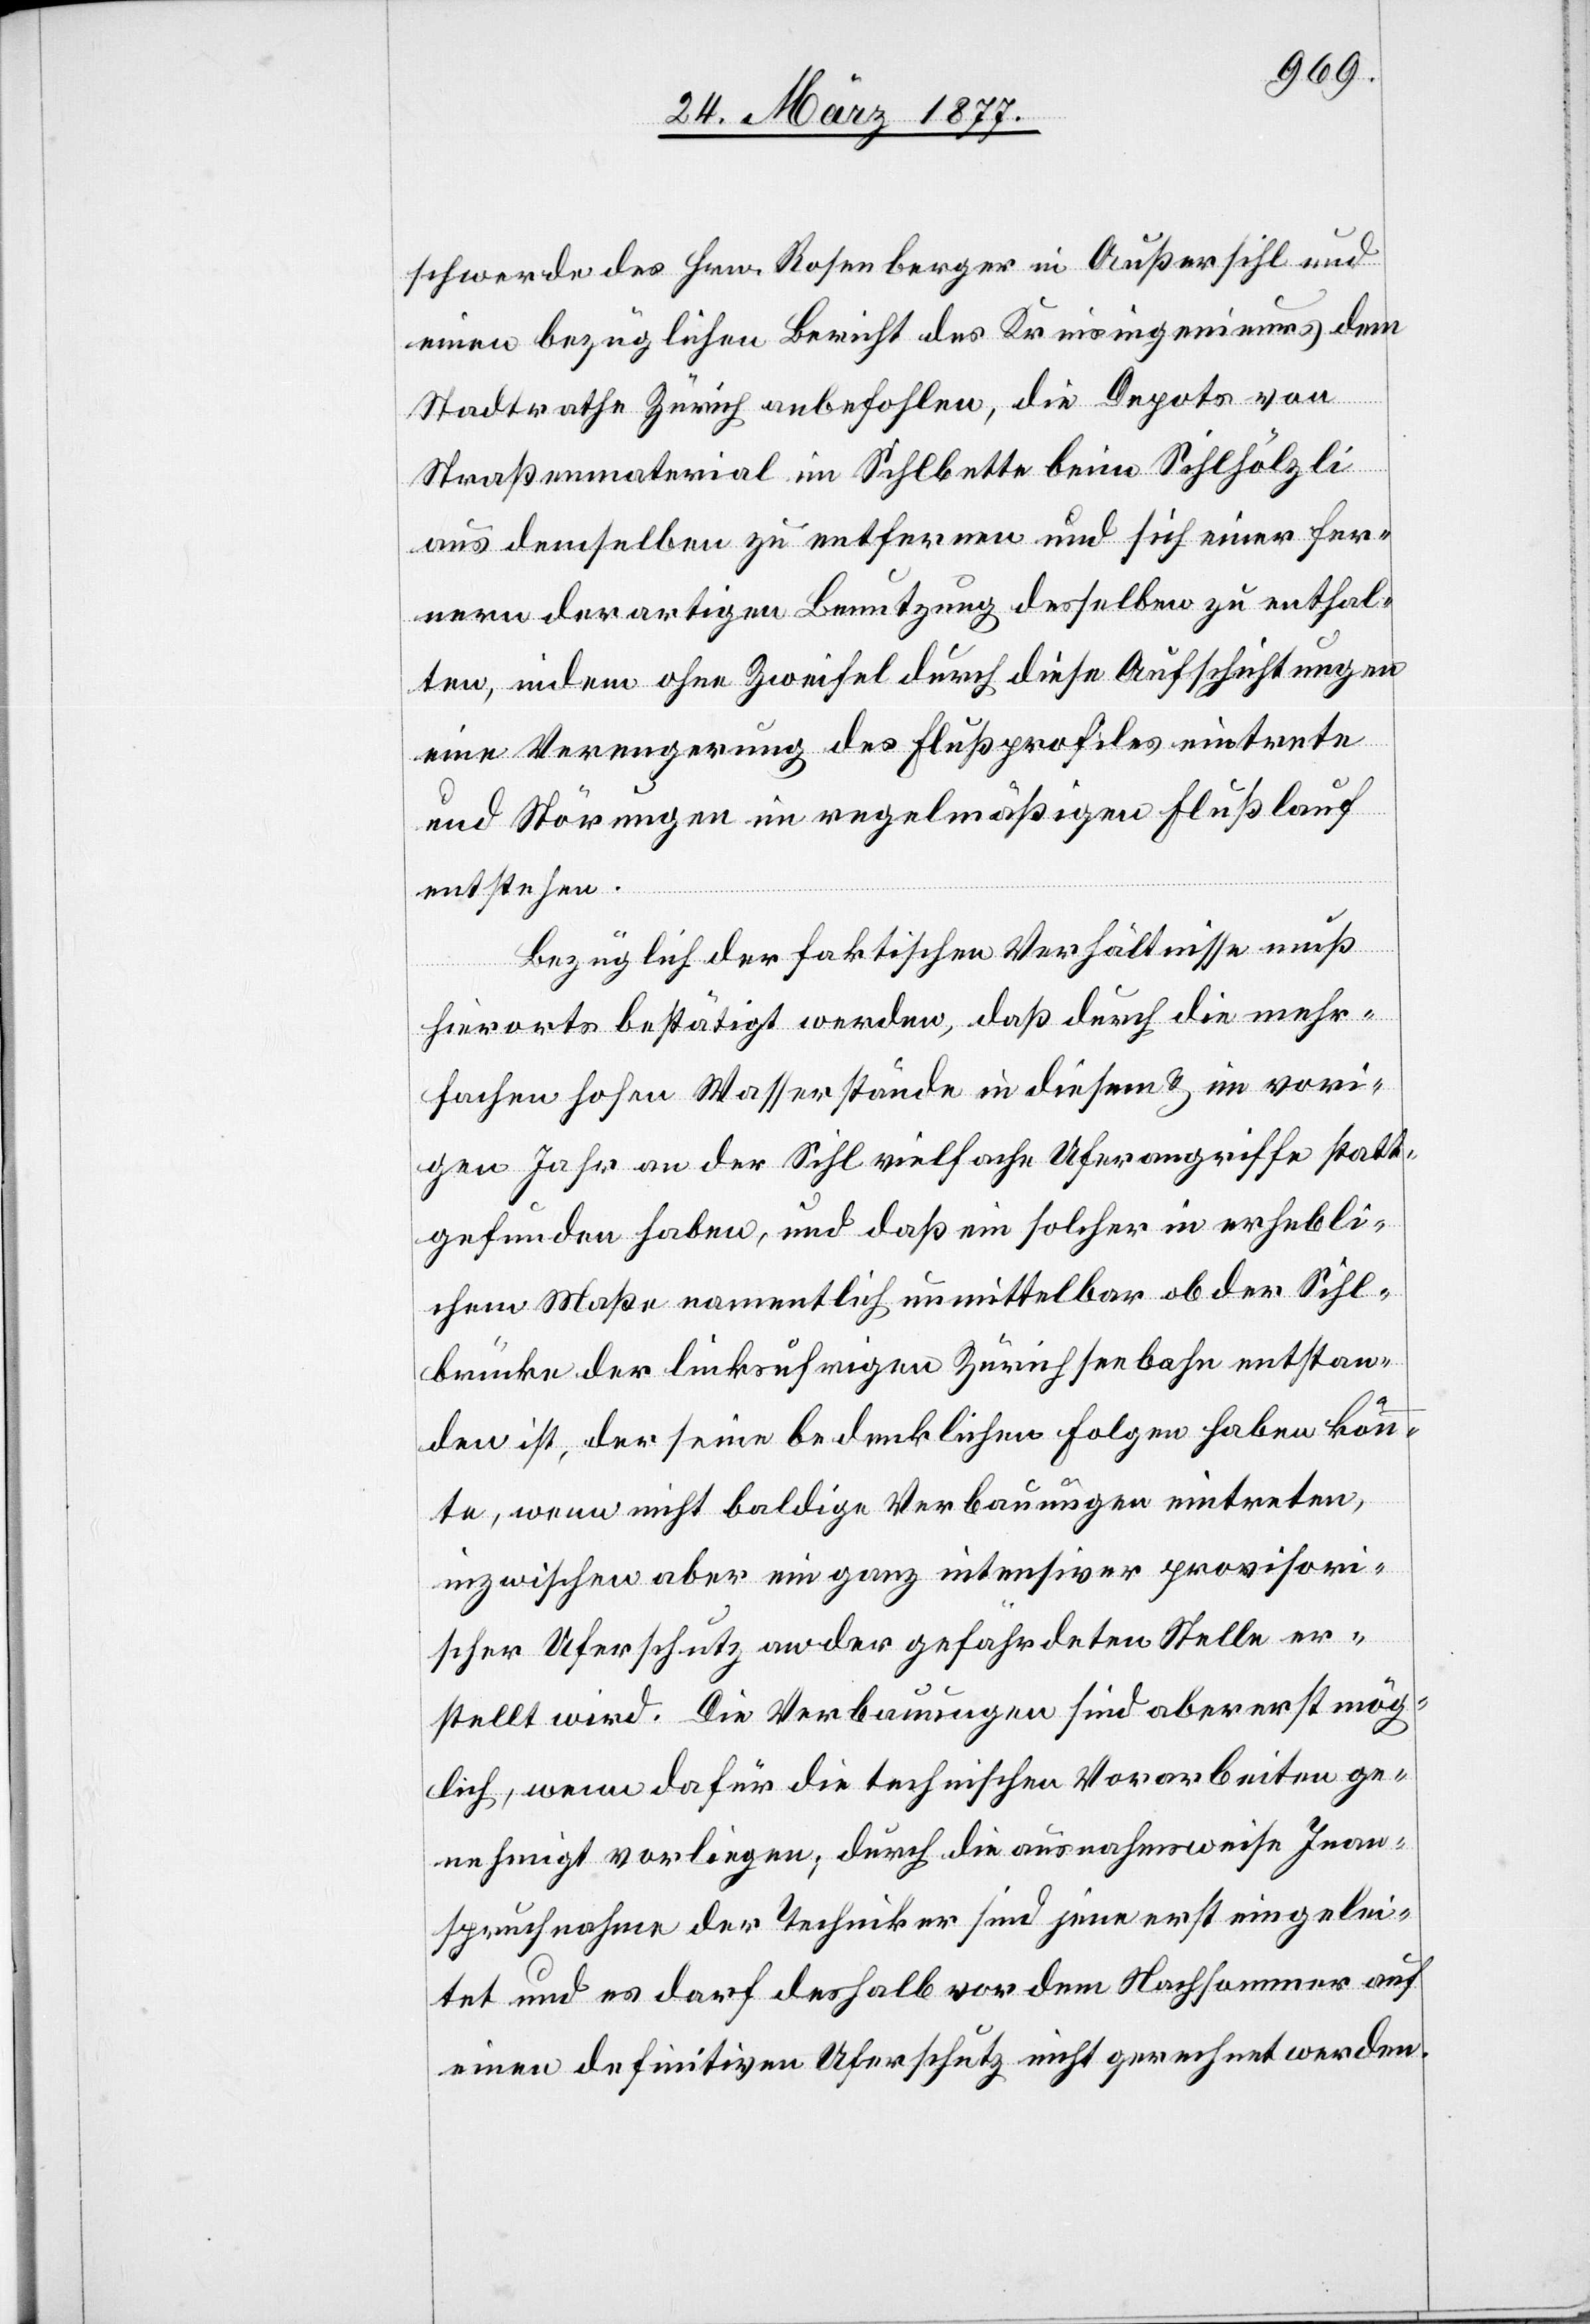
schwerde des Hrn. Rosenberger in Außersihl und
einen bezüglichen Bericht des Kreisingenieurs dem
Stadtrathe Zürich anbefohlen, die Depots von
Straßenmaterial im Sihlbette beim Sihlhölzli
aus demselben zu entfernen und sich einer fer¬
nern derartigen Benutzung desselben zu enthal¬
ten, indem ohne Zweifel durch diese Aufschichtungen
eine Verengerung des Flußprofiles eintrete
und Störungen im regelmäßigen Flußlauf
entstehen.
Bezüglich der faktischen Verhältnisse muß
hierorts bestätigt werden, daß durch die mehr¬
fachen hohen Wasserstände in diesem & im vori¬
gen Jahr an der Sihl vielfache Uferangriffe statt¬
gefunden haben, und daß ein solcher in erhebli¬
chem Maße namentlich unmittelbar ob der Sihl¬
brücke der linksufrigen Zürichseebahn entstan¬
den ist, der seine bedenklichen Folgen haben könn¬
te, wenn nicht baldige Verbauungen eintreten,
inzwischen aber ein ganz intensiver provisori¬
scher Uferschutz an der gefährdeten Stelle er¬
stellt wird. Die Verbauungen sind aber erst mög¬
lich, wenn dafür die technischen Vorarbeiten ge¬
nehmigt vorliegen; durch die ausnahmsweise Inan¬
spruchnahme der Techniker sind jene erst eingelei¬
tet und es darf deshalb vor dem Nachsommer auf
einen definitiven Uferschutz nicht gerechnet werden.